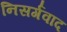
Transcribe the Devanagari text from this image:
निसर्गवाद